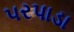
પરપાડા